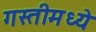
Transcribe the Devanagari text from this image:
गस्तीमध्ये